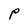
Character: P